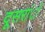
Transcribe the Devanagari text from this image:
दूसरांे